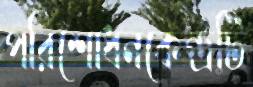
পরিশোধনকেন্দ্রটি